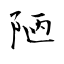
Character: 陋